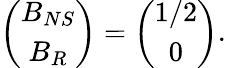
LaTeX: \left(\begin{array}{c}{{B_{NS}}}\\ {{B_{R}}}\end{array}\right)=\left(\begin{array}{c}{{1/2}}\\ {{0}}\end{array}\right).